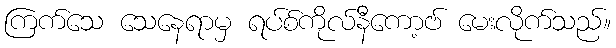
ကြက်သေ သေနေရာမှ ရပ်စ်ကိုလ်နီကော့ဗ် မေးလိုက်သည်။